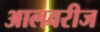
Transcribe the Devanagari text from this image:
आलवरीज